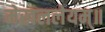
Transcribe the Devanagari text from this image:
मेखललेयम्॥